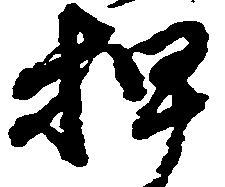
押